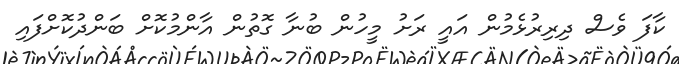
ކާފަ ވެސް ދިރިރުޅެމުން އައީ ރަށު މީހުން ބުނާ ގޮތުން އާންމުކޮށް ބަންދުކޮށްފައި